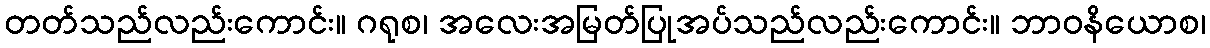
တတ်သည်လည်းကောင်း။ ဂရုစ၊ အလေးအမြတ်ပြုအပ်သည်လည်းကောင်း။ ဘာဝနိယောစ၊